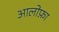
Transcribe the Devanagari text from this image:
आलोफ़ा